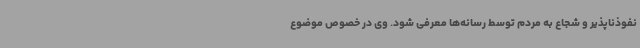
نفوذناپذیر و شجاع به مردم توسط رسانه‌ها معرفی شود. وی در خصوص موضوع